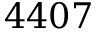
4 4 0 7